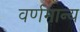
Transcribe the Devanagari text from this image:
वर्णमान्य